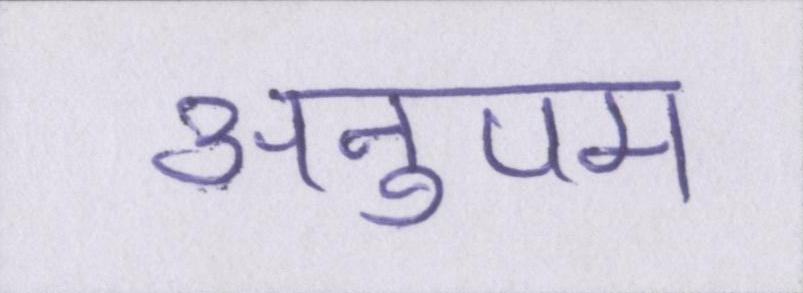
अनुपम